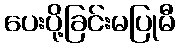
ပေးပို့ခြင်းမပြုမီ